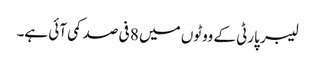
لیبر پارٹی کے ووٹوں میں 8 فی صد کمی آئی ہے۔